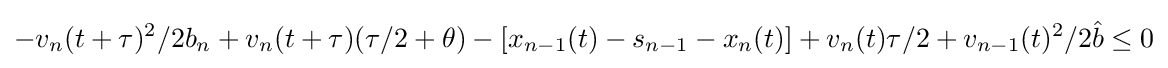
-v_{n}(t+\tau )^{2}/2b_{n}+v_{n}(t+\tau )(\tau /2+\theta )-\left[x_{n-1}(t)-s_{n-1}-x_{n}(t)\right]+v_{n}(t)\tau /2+v_{n-1}(t)^{2}/2{\hat {b}}\leq 0